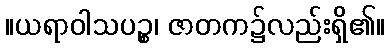
။ယရာဝါသပဉ္စ၊ ဇာတက၌လည်းရှိ၏။